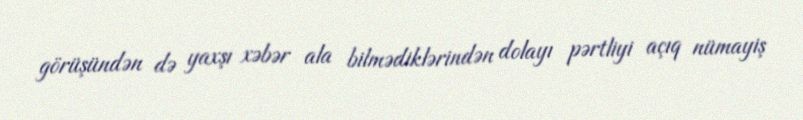
görüşündən də yaxşı xəbər ala bilmədiklərindən dolayı pərtliyi açıq nümayiş